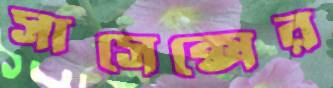
সাসেক্সের